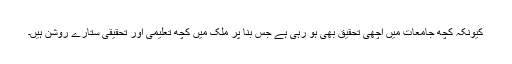
کیونکہ کچھ جامعات میں اچھی تحقیق بھی ہو رہی ہے جس بنا پر ملک میں کچھ تعلیمی اور تحقیقی ستارے روشن ہیں۔